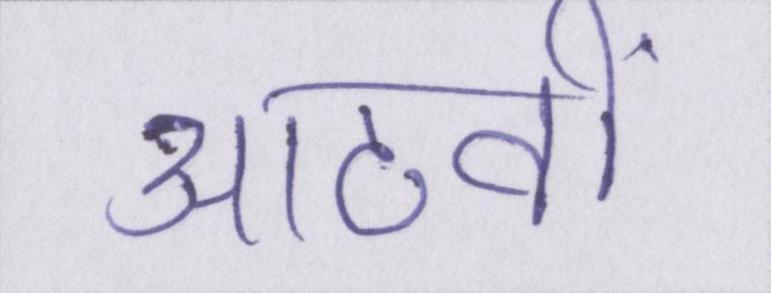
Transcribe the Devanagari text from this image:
आठवीं